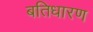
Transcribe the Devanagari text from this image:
बतिधारण